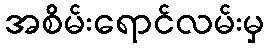
အစိမ်းရောင်လမ်းမှ